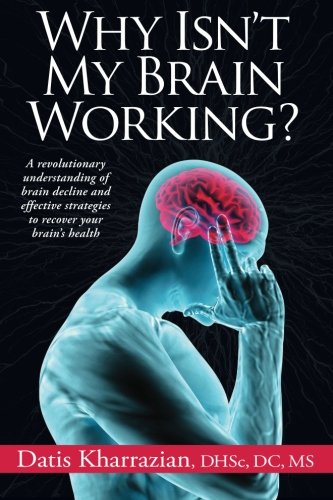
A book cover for Why Isn't My Brain Working?: A Revolutionary Understanding of Brain Decline and Effective Strategies to Recover Your Brain's Health; Dr. Datis Kharrazian; Health, Fitness & Dieting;